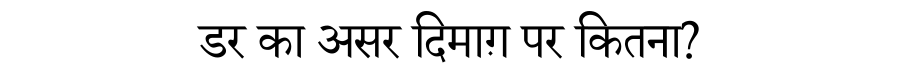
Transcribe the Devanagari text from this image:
डर का असर दिमाग़ पर कितना?